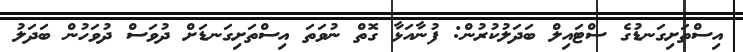
އިސްތަށިގަނޑުގެ ސްޓައިލް ބަދަލުކުރުން: ފުނާއަޅާ ގޮތް ނުވަތަ އިސްތަށިގަނޑަށް ދުވަސް ދުވަހުން ބަދަލު